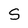
Character: S